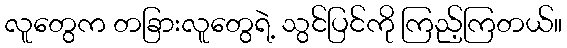
လူတွေက တခြားလူတွေရဲ့ သွင်ပြင်ကို ကြည့်ကြတယ်။